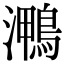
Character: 𭳠